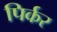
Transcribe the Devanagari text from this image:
पिर्कर